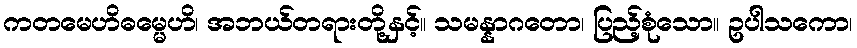
ကတမေဟိဓမ္မေဟိ၊ အဘယ်တရားတို့နှင့်။ သမန္နာဂတော၊ ပြည့်စုံသော။ ဥပါသကော၊